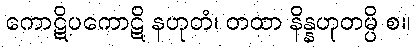
ကောဋိပကောဋိ နဟုတံ၊ တထာ နိန္နဟုတမ္ပိ စ။